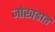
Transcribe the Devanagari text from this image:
जोखडात